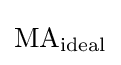
\mathrm {MA} _{\text{ideal}}